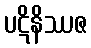
ပဋိနိဿဇ